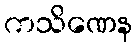
ကသိဏေန